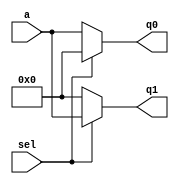
//--------------------------------------------------------------------------------------------
//
// Generated by X-HDL VHDL Translator - Version 2.0.0 Feb. 1, 2011
// ?? ?? 29 2018 17:05:26
//
//      Input file      : 
//      Component name  : demux_1_2
//      Author          : 
//      Company         : 
//
//      Description     : 
//
//
//--------------------------------------------------------------------------------------------


module demux_1_2(sel, a, q0, q1);
   parameter               DATA_WIDTH = 4;
   input                   sel;
   input [DATA_WIDTH-1:0]  a;
   output [DATA_WIDTH-1:0] q0;
   reg [DATA_WIDTH-1:0]    q0;
   output [DATA_WIDTH-1:0] q1;
   reg [DATA_WIDTH-1:0]    q1;
   
   
   
   always @(a or sel)
   begin: mux0
      
      if (sel == 1'b1)
      begin
         q0 <= {DATA_WIDTH{1'b0}};
         q1 <= a;
      end
      else
      begin
         q0 <= a;
         q1 <= {DATA_WIDTH{1'b0}};
      end
   end
   
endmodule